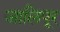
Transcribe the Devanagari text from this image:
जालिपूर